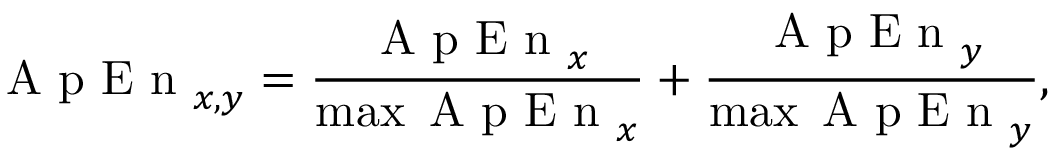
\mathrm { ~ A ~ p ~ E ~ n ~ } _ { x , y } = \frac { \mathrm { ~ A ~ p ~ E ~ n ~ } _ { x } } { \operatorname* { m a x } { \mathrm { ~ A ~ p ~ E ~ n ~ } _ { x } } } + \frac { \mathrm { ~ A ~ p ~ E ~ n ~ } _ { y } } { \operatorname* { m a x } { \mathrm { ~ A ~ p ~ E ~ n ~ } _ { y } } } ,